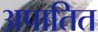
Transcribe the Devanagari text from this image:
अपातित